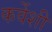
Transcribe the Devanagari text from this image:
कर्वेशी